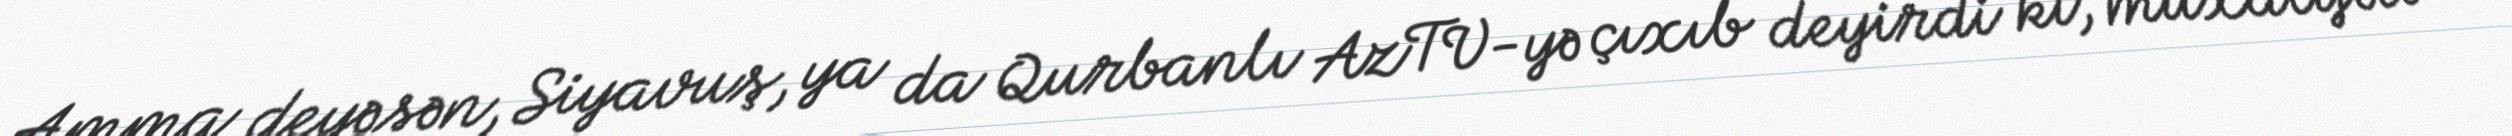
Amma deyəsən, Siyavuş, ya da Qurbanlı AzTV-yə çıxıb deyirdi ki, müxalifəti